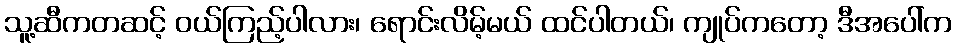
သူ့ဆီကတဆင့် ဝယ်ကြည့်ပါလား၊ ရောင်းလိမ့်မယ် ထင်ပါတယ်၊ ကျုပ်ကတော့ ဒီအပေါ်က